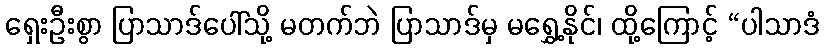
ရှေးဦးစွာ ပြာသာဒ်ပေါ်သို့ မတက်ဘဲ ပြာသာဒ်မှ မရွှေ့နိုင်၊ ထို့ကြောင့် “ပါသာဒံ